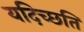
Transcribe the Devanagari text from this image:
यदिच्छति